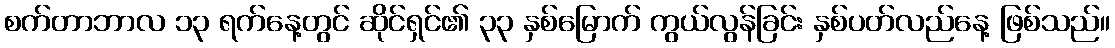
စက်တာဘာလ ၁၃ ရက်နေ့တွင် ဆိုင်ရှင်၏ ၃၃ နှစ်မြောက် ကွယ်လွန်ခြင်း နှစ်ပတ်လည်နေ့ ဖြစ်သည်။